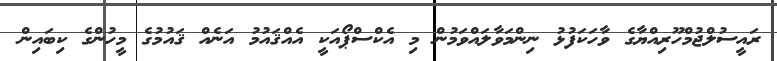
ރައީސުލްޖުމްހޫރިއްޔާގެ ވާހަކަފުޅު ނިންމަވާލައްވަމުން މި އެކްސްޕޯއަކީ އެއްޤައުމު އަނެއް ޤައުމުގެ މީހުންގެ ކިބައިން